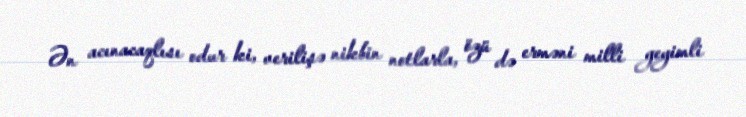
Ən acınacaqlısı odur ki, verilişə nikbin notlarla, özü də erməni milli geyimli